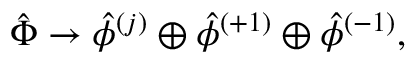
{ \hat { \Phi } } \rightarrow { \hat { \phi } } ^ { ( j ) } \oplus { \hat { \phi } } ^ { ( + 1 ) } \oplus { \hat { \phi } } ^ { ( - 1 ) } ,